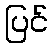
ပြင်